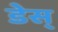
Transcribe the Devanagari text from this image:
डेस्